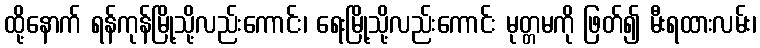
ထို့နောက် ရန်ကုန်မြို့သို့လည်းကောင်း၊ ရေးမြို့သို့လည်းကောင်း မုတ္တမကို ဖြတ်၍ မီးရထားလမ်း၊